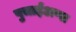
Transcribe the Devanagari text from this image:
पुचाईअप्पा